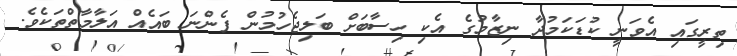
ތިރީގައި އެވަނީ ކުޑަކަމުދާ ނިޒާމުގެ އެކި ހިސާބަށް ބަލިޖެހުމުން ފެންނަ ބައެއް އަލާމާތްތަކެވެ.